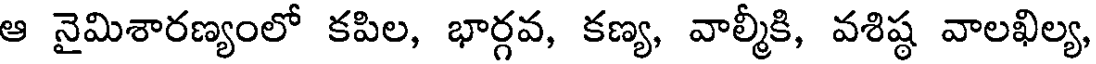
ఆ నైమిశారణ్యంలో కపిల, భార్గవ, కణ్య, వాల్మీకి, వశిష్ఠ వాలఖిల్య